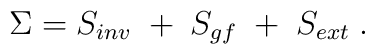
\Sigma =S_{inv}\;+\;S_{gf}\;+\;S_{ext}\;.